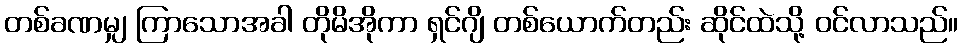
တစ်ခဏမျှ ကြာသောအခါ တိုမိအိုကာ ရှင်ဂျိ တစ်ယောက်တည်း ဆိုင်ထဲသို့ ဝင်လာသည်။